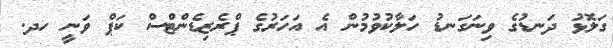
ގަލޮޅު ދަނޑުގެ ވިނަގަނޑު ހަލާކުވުމުން އެ އަހަރުގެ ޕްރެޒިޑެންޓްސް ކަޕް ވަނީ ހދ.